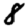
Digit: 8